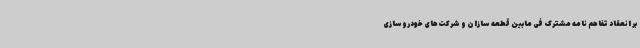
بر انعقاد تفاهم نامه مشترک فی مابین قطعه سازان و شرکت‌های خودروسازی